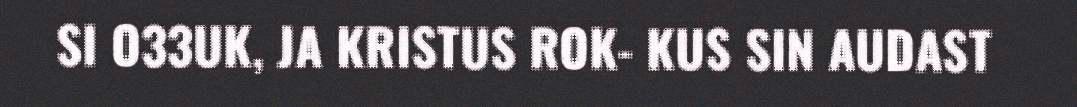
SI O33UK, JA KRISTUS ROK- KUS SIN AUDAST